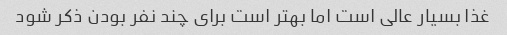
غذا بسیار عالی است اما بهتر است برای چند نفر بودن ذکر شود